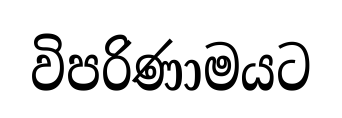
විපරිණාමයට